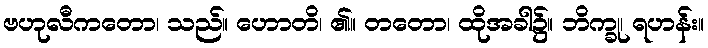
ဗဟုလီကတော၊ သည်။ ဟောတိ၊ ၏။ တတော၊ ထိုအခါ၌။ ဘိက္ခု၊ ရဟန်း။